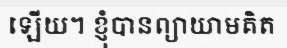
ឡើយ។ ខ្ញុំបានព្យាយាមគិត